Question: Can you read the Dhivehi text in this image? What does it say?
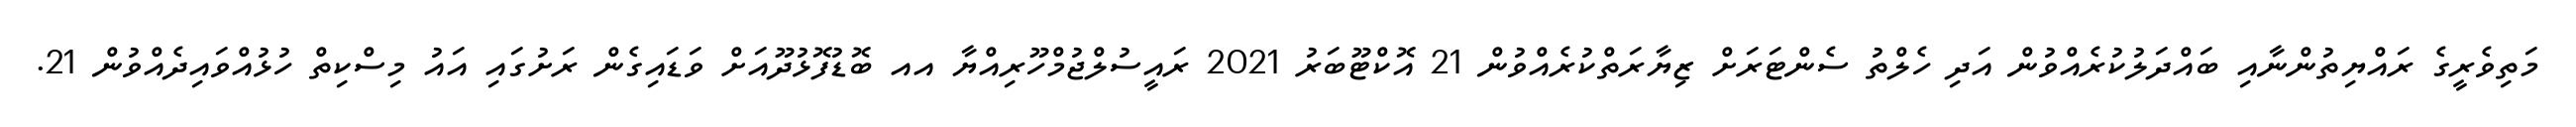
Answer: މަތިވެރީގެ ރައްޔިތުންނާއި ބައްދަލުކުރެއްވުން އަދި ހެލްތު ސެންޓަރަށް ޒިޔާރަތްކުރެއްވުން 21 އޮކްޓޫބަރު 2021 ރައީސުލްޖުމްހޫރިއްޔާ އއ ބޮޑުފޮޅުދޫއަށް ވަޑައިގެން ރަށުގައި އައު މިސްކިތް ހުޅުއްވައިދެއްވުން 21.